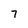
Character: 7